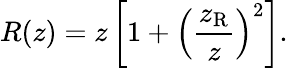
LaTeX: R(z)=z\left[{1+{\left({\frac{z_{\mathrm{R}}}{z}}\right)}^{2}}\right].